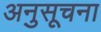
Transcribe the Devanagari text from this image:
अनुसूचना